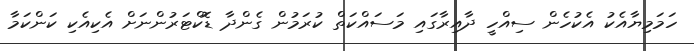
ހަމަމިޔާއެކު އެކުހެން ސިއްހީ ދާއިރާގައި މަސައްކަތް ކުރަމުން ގެންދާ ޑޮކްޓަރުންނަށް އެކިއެކި ކަންކަމާ